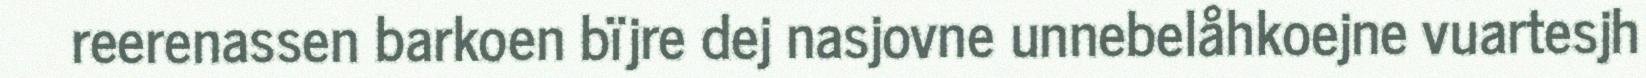
reerenassen barkoen bïjre dej nasjovne unnebelåhkoejne vuartesjh